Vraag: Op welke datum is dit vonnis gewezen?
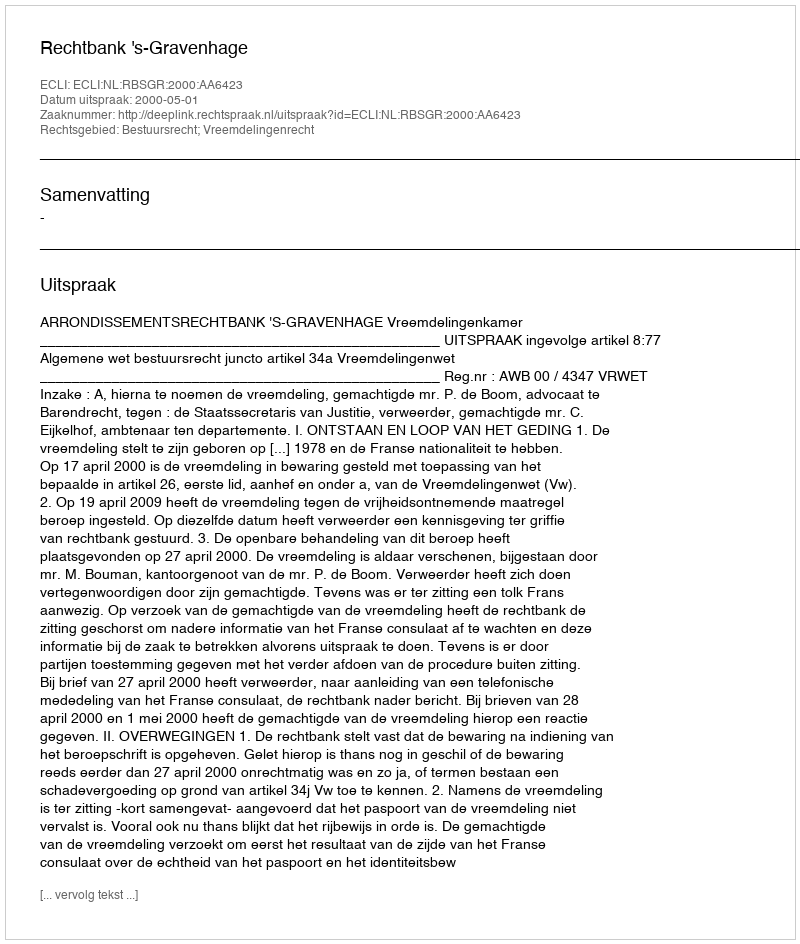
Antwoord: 2000-05-01